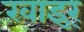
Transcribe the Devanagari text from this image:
खाइर्ं